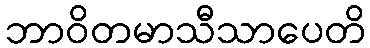
ဘာဝိတမာသီသာပေတိ